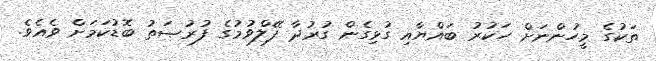
ތަކުގެ މީހުންނަށް ހަކުރު ބައްޔާއި ގުޅިގެން ގުރުދާ ފޭލްވުމުގެ ފުރުޞަތު ބޮޑުކަމަށް ވެއެވެ.